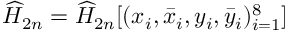
\widehat { H } _ { 2 n } = \widehat { H } _ { 2 n } [ ( x _ { i } , \bar { x } _ { i } , y _ { i } , \bar { y } _ { i } ) _ { i = 1 } ^ { 8 } ]